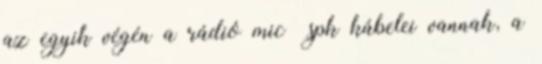
az egyik végén a rádió mic spk kábelei vannak, a